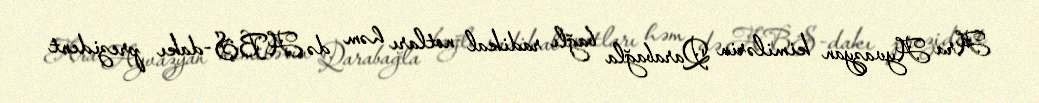
Ara Ayvazyan kimilərin Qarabağla bağlı radikal notları həm də ABŞ-dakı prezident